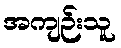
အကျဉ်းသူ